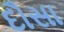
દૌસા